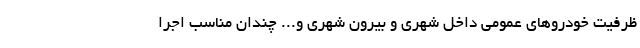
ظرفیت خودروهای عمومی داخل شهری و بیرون شهری و... چندان مناسب اجرا